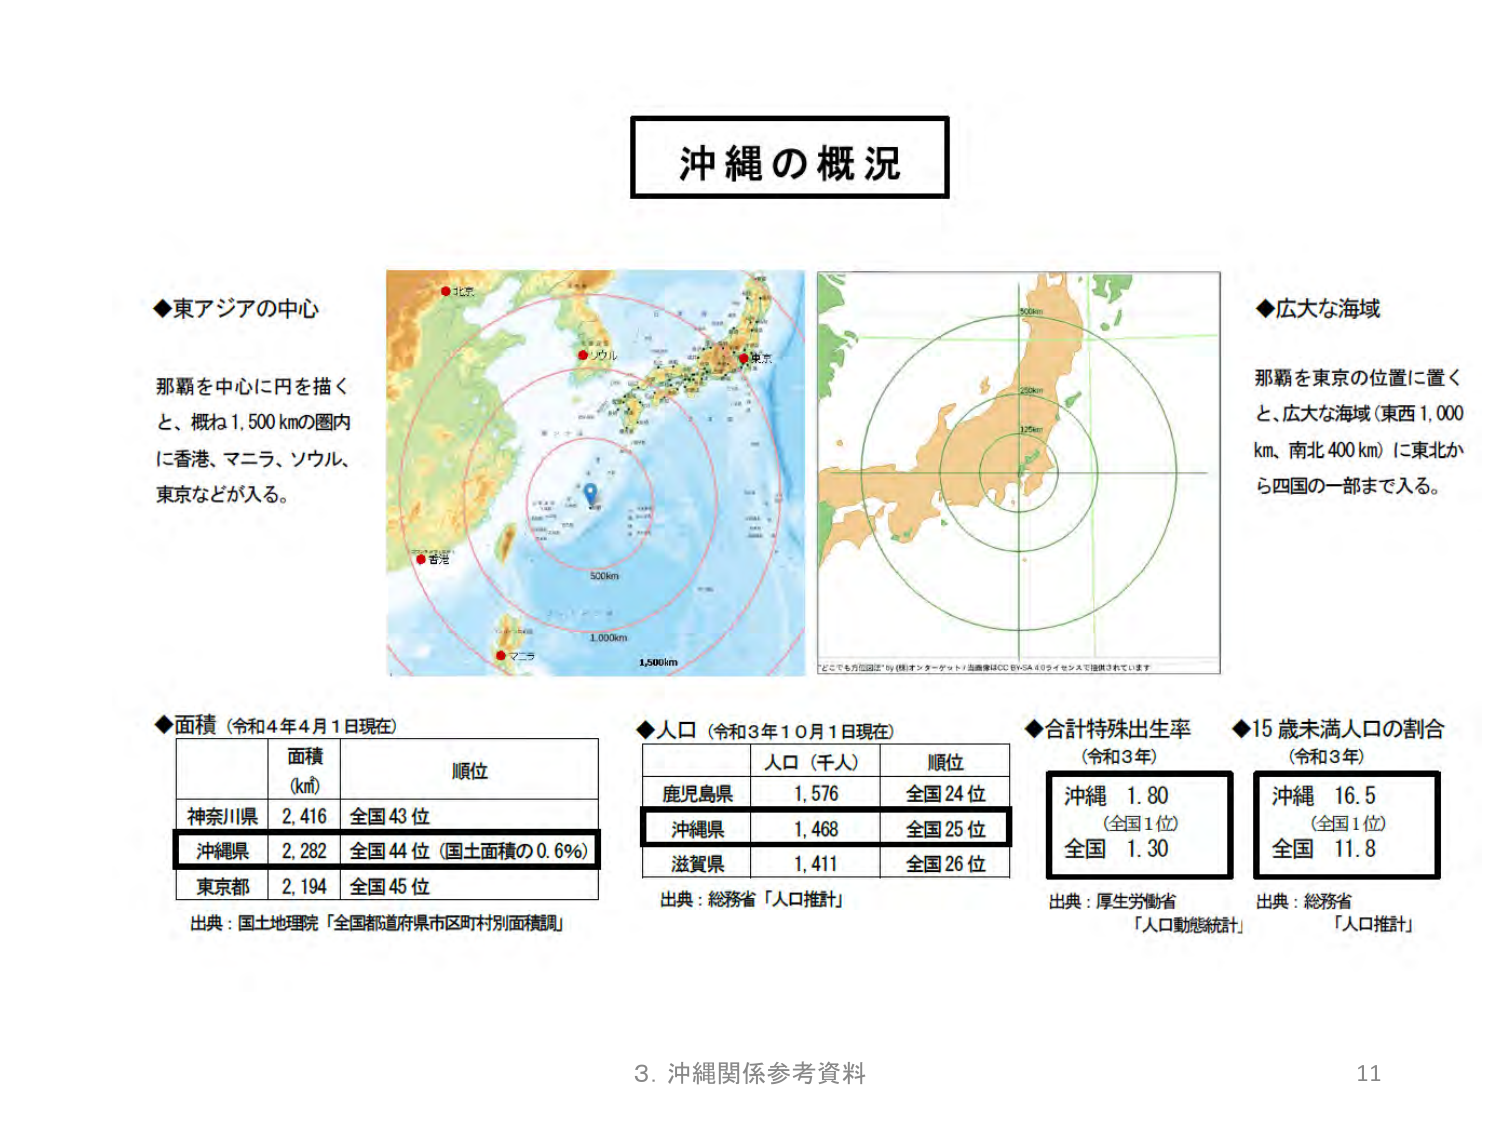
沖縄の概況

◆東アジアの中心
那覇を中心に円を描く
と、概ね1,500kmの圏内
に香港、マニラ、ソウル、
東京などが入る。

◆広大な海域
那覇を東京の位置に置く
と、広大な海域（東西1,000
km、南北400km）に東北か
ら四国の一部まで入る。

◆面積（令和4年4月1日現在）
面積（km²）　順位
神奈川県　2,416　全国43位
沖縄県　2,282　全国44位（国土面積の0.6%）
東京都　2,194　全国45位
出典：国土地理院「全国都道府県市区町村別面積見」

◆人口（令和3年10月1日現在）
人口（千人）　順位
鹿児島県　1,576　全国24位
沖縄県　1,468　全国25位
滋賀県　1,411　全国26位
出典：総務省「人口推計」

◆合計特殊出生率（令和3年）
沖縄　1.80　（全国1位）
全国　1.30
出典：厚生労働省「人口動態統計」

◆15歳未満人口の割合（令和3年）
沖縄　16.5　（全国1位）
全国　11.8
出典：総務省「人口推計」

3. 沖縄関係参考資料
11

（地図上に記載されている文字）
北京
ソウル
東京
香港
マニラ
500km
1,000km
1,500km
「どこでも万国図」by（株）インターナショナル／地図はCC BY-SA 4.0ライセンスで提供されています